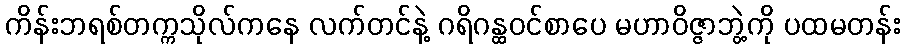
ကိန်းဘရစ်တက္ကသိုလ်ကနေ လက်တင်နဲ့ ဂရိဂန္ထဝင်စာပေ မဟာဝိဇ္ဇာဘွဲ့ကို ပထမတန်း